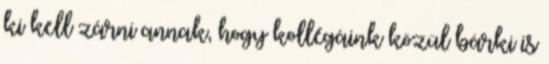
ki kell zárni annak, hogy kollégáink közül bárki is